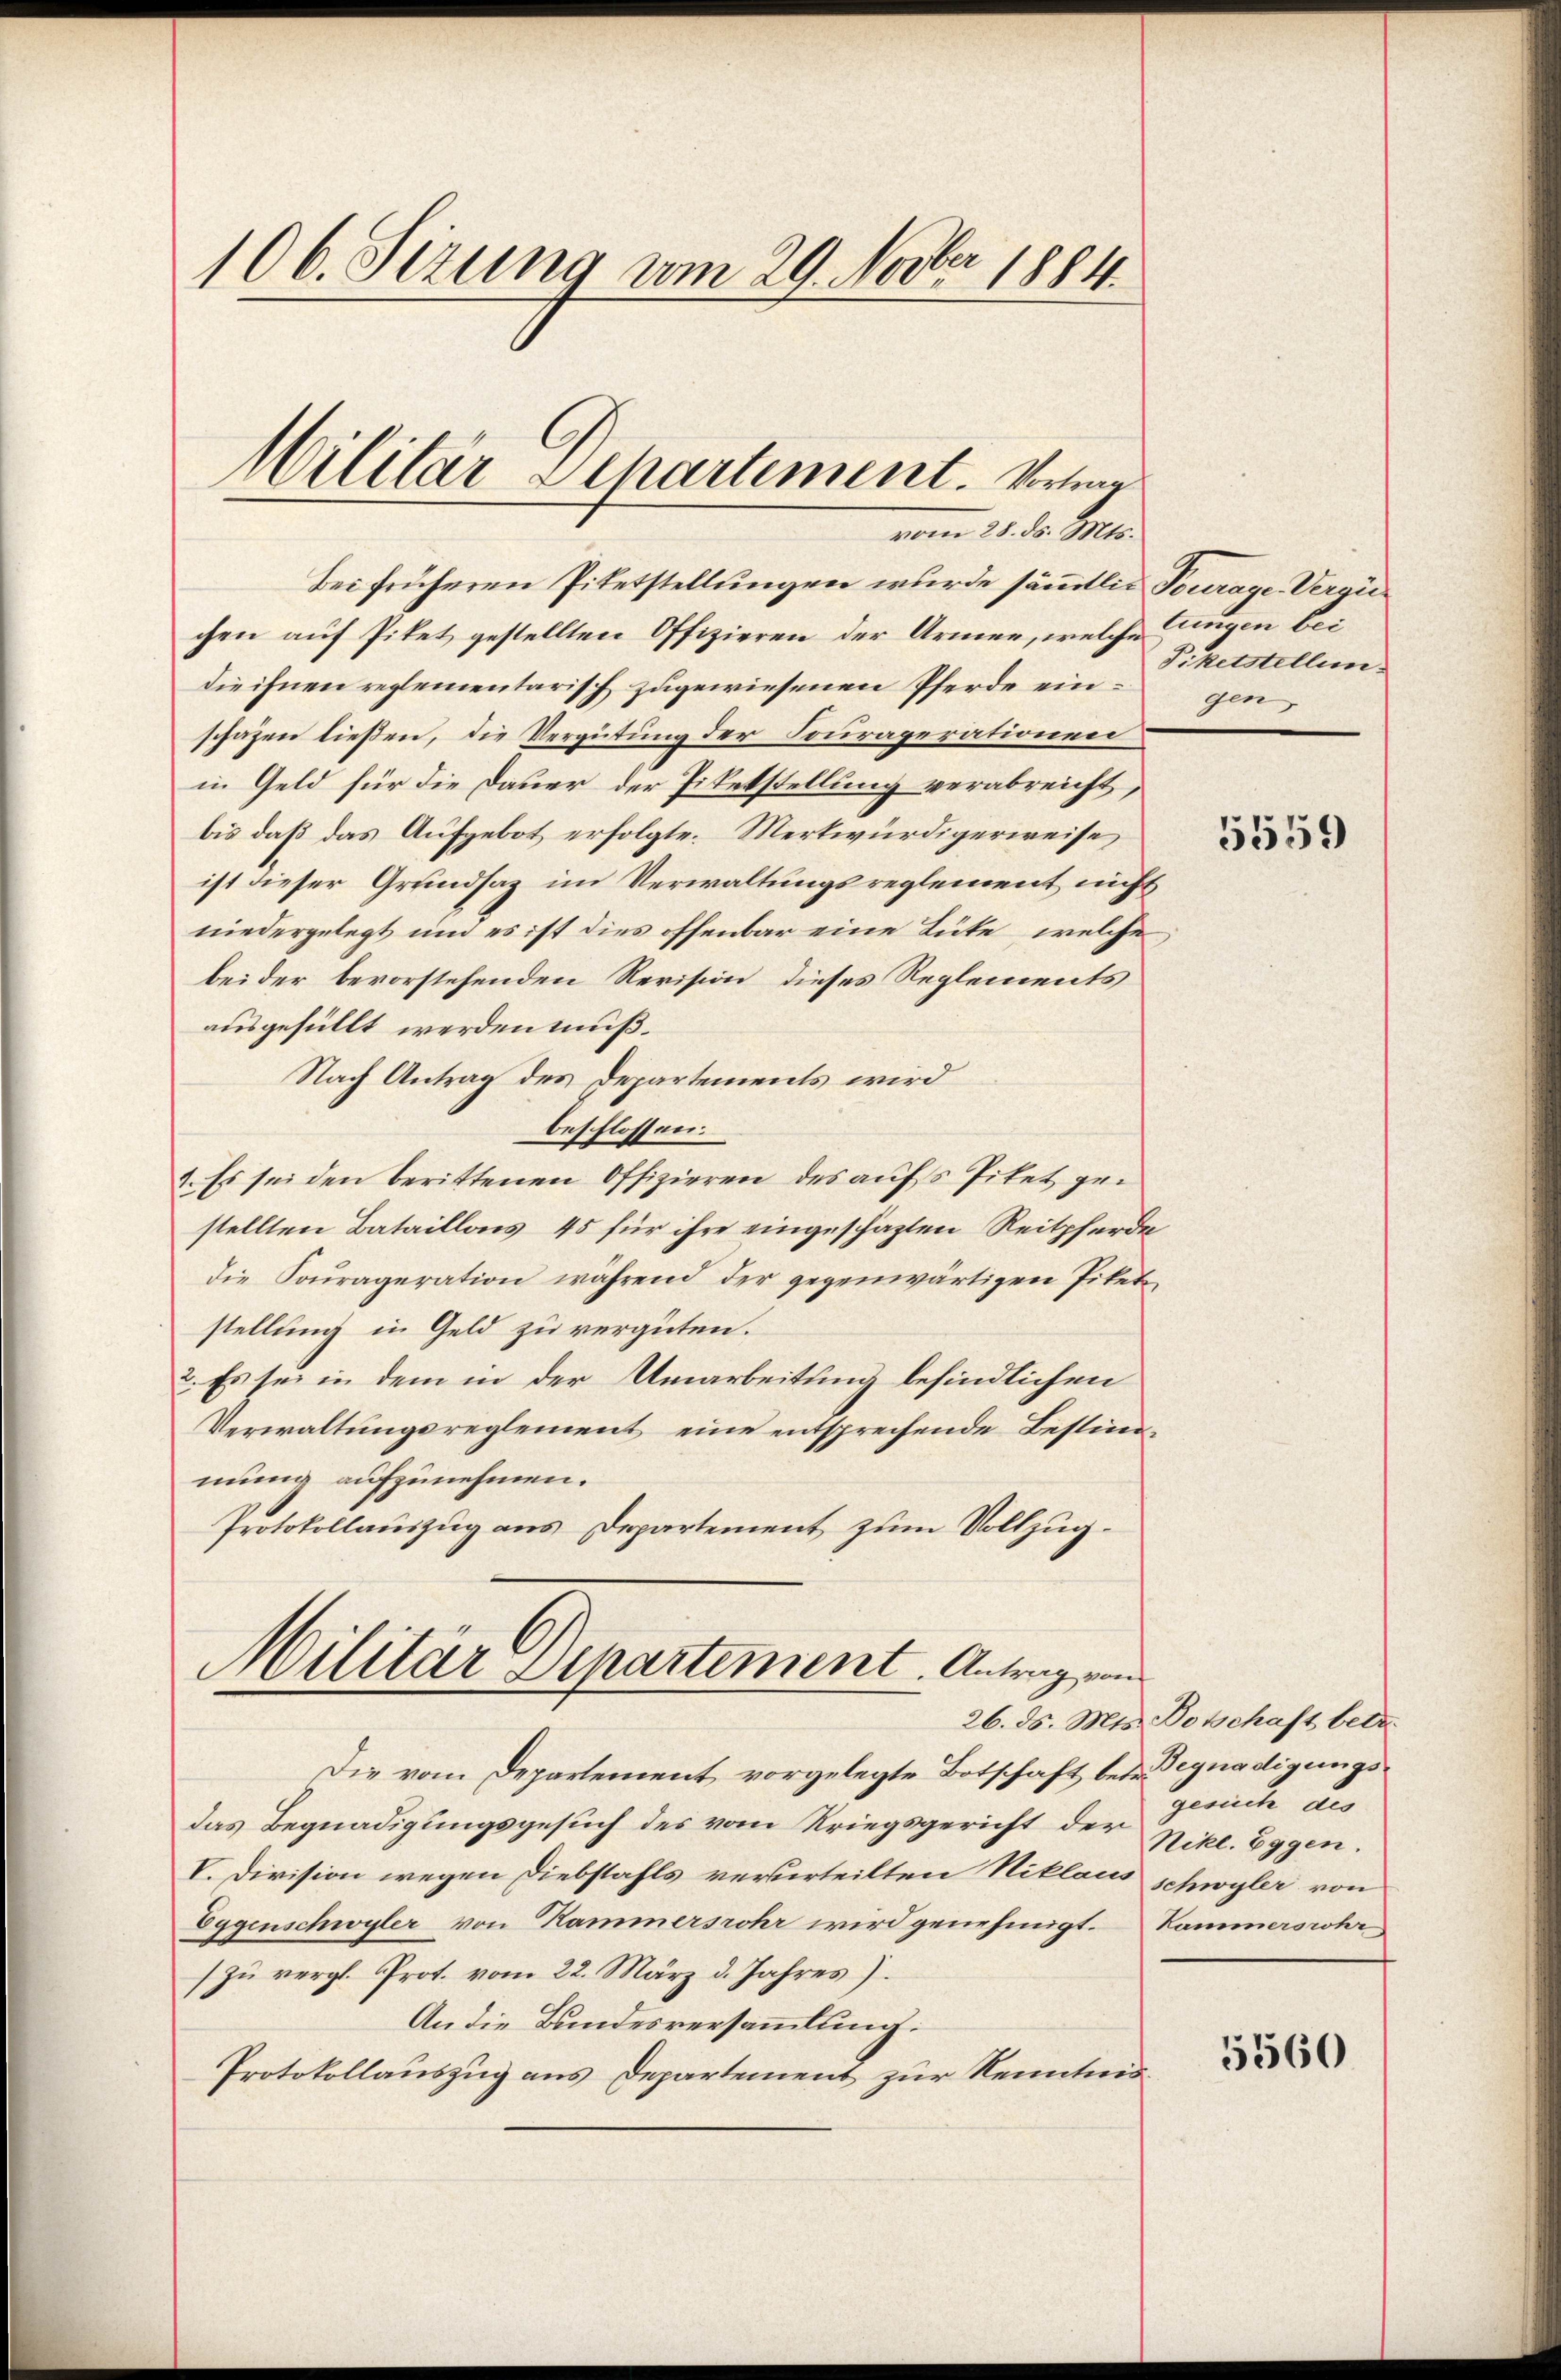
106. Sezung vom 29. Novber 1884

Militär Departement. Vorlig
vom 25. ds. Mts.

Bei früheren Pitetstellungen wurde sämmtlich Fourage Vergüchen auf Piket gestellten Offizieren der Armen, welche Lungen bei
die ihnen reglementarisch zugewiesenen Pferde einschafen ließen, die Vergütung der Fouraperationen
in Geld für die Dauer der Piketstellung verabreicht,
bis daß das Aufgebot erfolgte. Merkwürdigerweise
ist dieser Grundsaz im Verwaltungsreglement nicht
niedergelegt und es ist dies offenbar eine Tüte, welche
bei der bevorstehenden Revision dieses Reglements
ausgefüllt werden muß.
Nach Antrag des Departements wird
beschlossen:
1. Es sei den berittenen Offizieren des aufs Piket gestellten Bataillons 45 für ihre eingeschäzten Reitpferde
die Sourageration während der gegenwärtigen Pitet
stellung in Geld zu vergüten.
2. Es sei in dem in der Umarbeitung befindlichen
Verwaltungsreglement eine entsprechende Bestimmung aufzunehmen.
Protokollauszug aus Departement zum Vollzug.

Militär Departement. Antrag von

Piketstellen.
gen,

Die vom Departement vorgelegte Botschaft betr. Begnadigungsdas Begnadigungsgesuch des vom Kriegsgericht der Nikl. Eggen.
V. Division wegen Diebstahls verurteilten Niklaus schwyler von
Eggenschwyler von Kammersrohr wird genehmigt. Kammesrohr
zŭ vergl. Prot. vom 22. März d. Jahres).
An die Bundesversammlung:
Protokollauszug aus Departement zur Kenntnis¬

5559

26. ds. Mts. Botschaft betr.
gesich des

5560